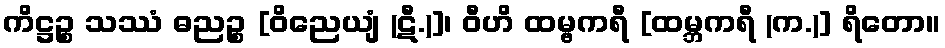
ကိဋ္ဌဉ္စ သဿံ ဓညဉ္စ [ဝိညေယျံ (ဋီ.)]၊ ဝီဟိ ထမ္ဗကရီ [ထမ္ဘကရီ (က.)] ရိတော။